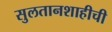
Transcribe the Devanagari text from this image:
सुलतानशाहीची